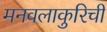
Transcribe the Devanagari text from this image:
मनवलाकुरिची